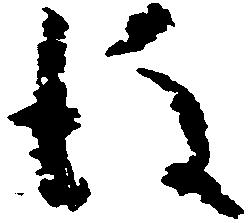
後